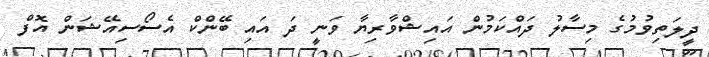
ދީލަތިވުމުގެ މިސާލު ދައްކަމުން އައިޝްވާރިޔާ ވަނީ ދަ އައި ބޭންކް އެސޯސިއޭޝަން އޮފް